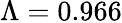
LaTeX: \Lambda=0.966